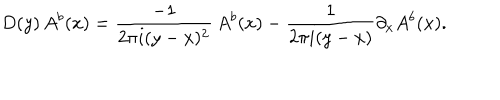
LaTeX: D ( y ) \, A ^ { b } ( x ) = { \frac { - 1 } { 2 \pi i ( y - x ) ^ { 2 } } } \, A ^ { b } ( x ) - { \frac { 1 } { 2 \pi i ( y - x ) } } \partial _ { x } A ^ { b } ( x ) .